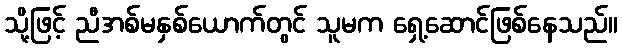
သို့ဖြင့် ညီအစ်မနှစ်ယောက်တွင် သူမက ရှေ့ဆောင်ဖြစ်နေသည်။